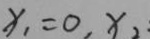
x _ { 1 } = 0 , x _ { 2 }